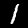
Label: 1